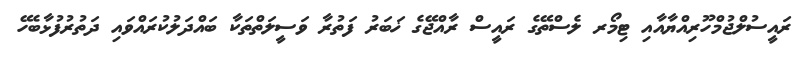
ރައީސުލްޖުމްހޫރިއްޔާއާއި ޓިމޯރ ލެސްތޭގެ ރައީސް ރާއްޖޭގެ ޚަބަރު ފަތުރާ ވަސީލަތްތަކާ ބައްދަލުކުރައްވައި ދަތުރުފުޅާބެހޭ